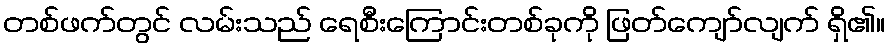
တစ်ဖက်တွင် လမ်းသည် ရေစီးကြောင်းတစ်ခုကို ဖြတ်ကျော်လျက် ရှိ၏။